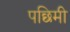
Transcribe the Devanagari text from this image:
पछिमी